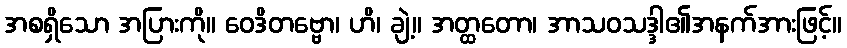
အစရှိသော အပြားကို။ ဝေဒိတဗ္ဗော၊ ဟိ၊ ချဲ့။ အတ္ထတော၊ အာသဝသဒ္ဒါ၏အနက်အားဖြင့်။